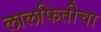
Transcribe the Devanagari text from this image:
लालफितीचा